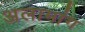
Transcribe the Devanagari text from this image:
अलामांग